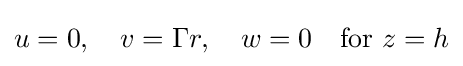
u=0,\quad v=\Gamma r,\quad w=0\quad {\text{for }}z=h